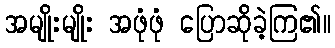
အမျိုးမျိုး အဖုံဖုံ ပြောဆိုခဲ့ကြ၏။